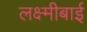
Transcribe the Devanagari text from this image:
लक्ष्‍मीबाई